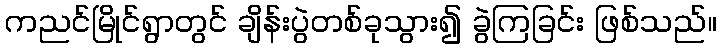
ကညင်မြိုင်ရွာတွင် ချိန်းပွဲတစ်ခုသွား၍ ခွဲကြခြင်း ဖြစ်သည်။